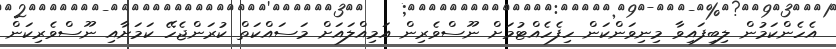
އެހެންކަމުން ލިބިފައިވާ މިނިވަންކަން ހިފެހެއްޓުމަށް ނޫސްވެރިން އަމިއްލައަށް މަސައްކަތް ކުރަންޖެހޭ ކަަމަށާއި ނޫސްވެރިކަން